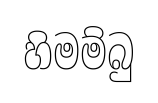
හිමම්බු